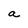
Character: a